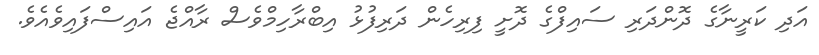
އަދި ކަރީނާގެ ދޮންދަރި ސައިފްގެ ދޮށީ ފިރިހެން ދަރިފުޅު އިބްރާހިމްވެސް ރާއްޖެ އައިސްފައިވެއެވެ.